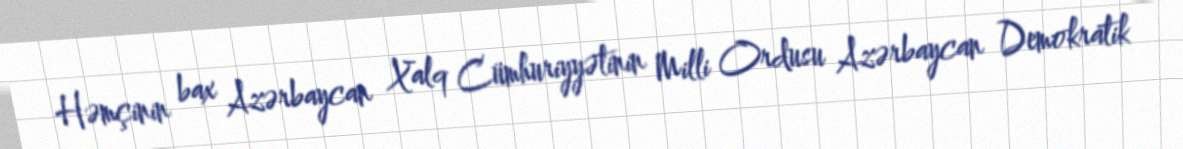
Həmçinin bax Azərbaycan Xalq Cümhuriyyətinin Milli Ordusu Azərbaycan Demokratik